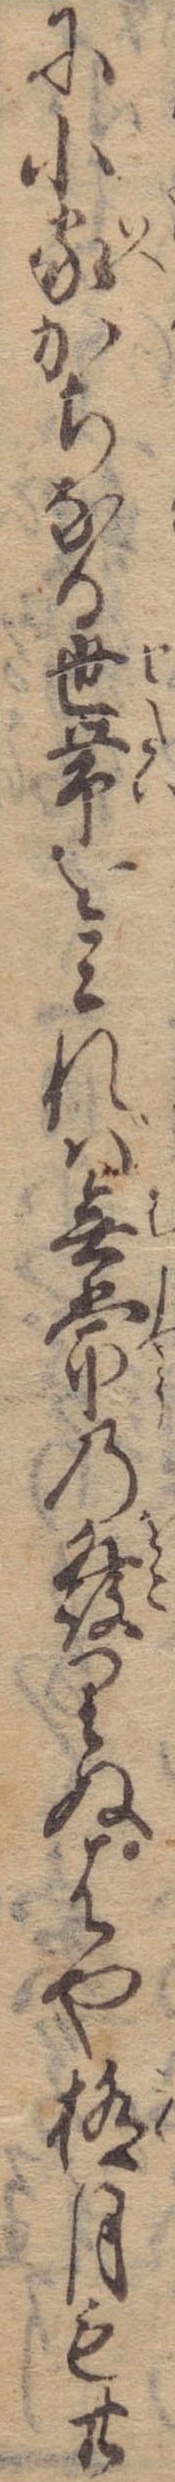
に小家かちなる世帯をみれば無常の発りぬはや極月も廿